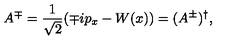
A ^ { \mp } = \frac { 1 } { \sqrt { 2 } } ( \mp i p _ { x } - W ( x ) ) = ( A ^ { \pm } ) ^ { \dagger } ,